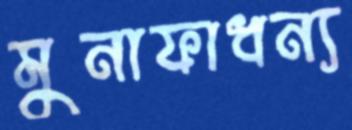
মুনাফাধন্য